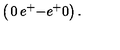
\left( \begin{matrix} { 0 } & { e ^ { + } } \\ { - e ^ { + } } & { 0 } \\ \end{matrix} \right) .